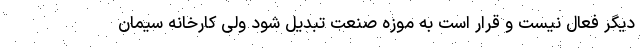
دیگر فعال نیست و قرار است به موزه صنعت تبدیل شود ولی کارخانه سیمان